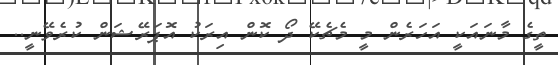
ތީގެ މާނައަކީ އަހަރެން މީ މެޗެކޭ ދޯ ކޮން އިރަކު އޮޕަރޭޝަން ކުރެވޭނީ..